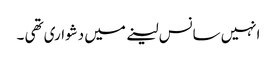
انہیں سانس لینے میں دشواری تھی ۔